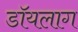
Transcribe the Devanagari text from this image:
डॉयलाग